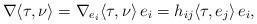
LaTeX: \begin{align*}\nabla \langle \tau,\nu\rangle=\nabla_{e_i}\langle \tau,\nu\rangle\, e_i=h_{ij}\langle \tau, e_j\rangle\, e_i,\end{align*}